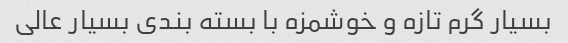
بسیار گرم تازه و خوشمزه با بسته بندی بسیار عالی